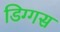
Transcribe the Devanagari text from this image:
डिग्गस